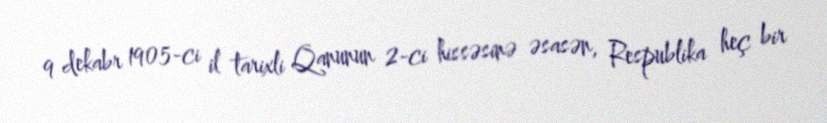
9 dekabr 1905-ci il tarixli Qanunun 2-ci hissəsinə əsasən, Respublika heç bir